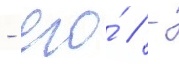
- его́ / -